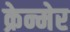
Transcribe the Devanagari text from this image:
क्रेन्मेर